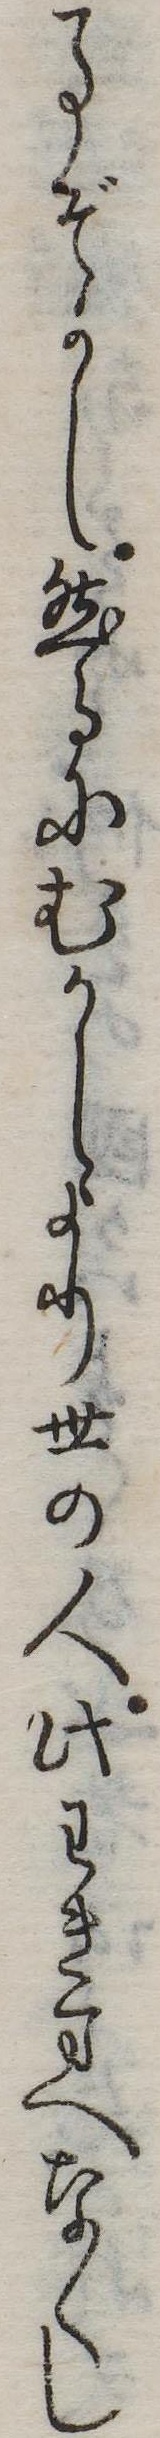
事ぞかし然るにむかしより世の人此わきまへなくし